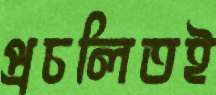
প্রচলিতই